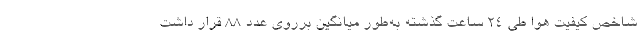
شاخص کیفیت هوا طی ۲۴ ساعت گذشته به‌طور میانگین برروی عدد ۸۸ قرار داشت